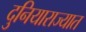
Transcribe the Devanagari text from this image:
दुनियाराज्यात